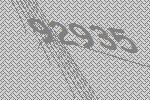
92935